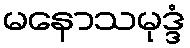
မနောသမုဒ္ဒံ